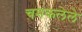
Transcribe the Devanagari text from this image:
चमकलेले